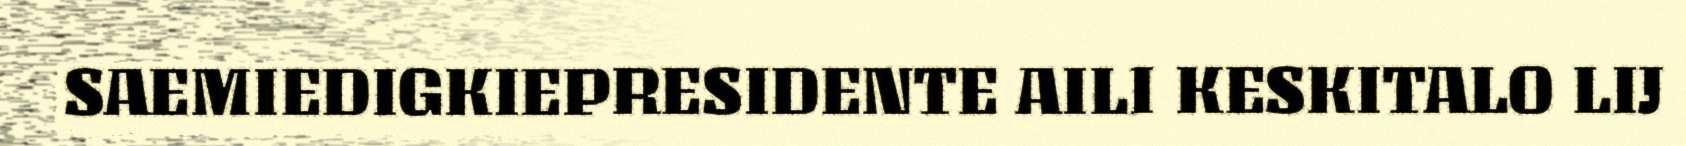
SAEMIEDIGKIEPRESIDENTE AILI KESKITALO LIJ